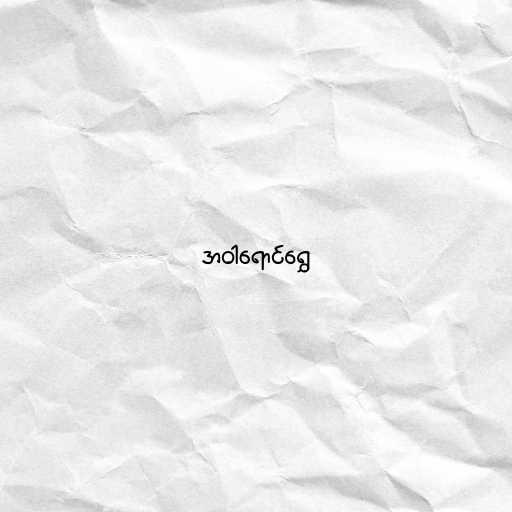
အဝါရောင်ရွှေ